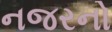
નજરનો